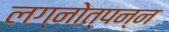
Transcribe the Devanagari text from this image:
लग्नोत्पन्न